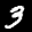
Label: 3